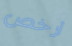
أرخص